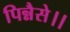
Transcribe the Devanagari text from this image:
पिन्नैसे।।